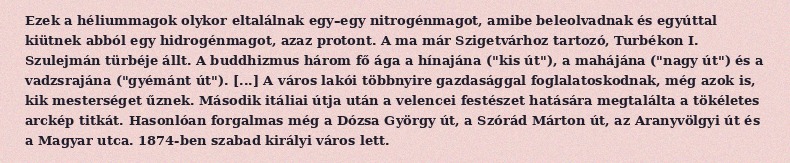
Ezek a héliummagok olykor eltalálnak egy–egy nitrogénmagot, amibe beleolvadnak és egyúttal kiütnek abból egy hidrogénmagot, azaz protont. A ma már Szigetvárhoz tartozó, Turbékon I. Szulejmán türbéje állt. A buddhizmus három fő ága a hínajána ("kis út"), a mahájána ("nagy út") és a vadzsrajána ("gyémánt út"). [...] A város lakói többnyire gazdasággal foglalatoskodnak, még azok is, kik mesterséget űznek. Második itáliai útja után a velencei festészet hatására megtalálta a tökéletes arckép titkát. Hasonlóan forgalmas még a Dózsa György út, a Szórád Márton út, az Aranyvölgyi út és a Magyar utca. 1874-ben szabad királyi város lett.